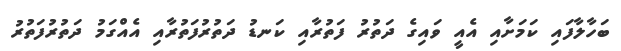
ބަހާލާފައި ކަމަށާއި އެއީ ވައިގެ ދަތުރު ފަތުރާއި ކަނޑު ދަތުރުފަތުރާއި އެއްގަމު ދަތުރުފަތުރު